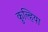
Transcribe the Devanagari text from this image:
कुल्हिया